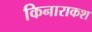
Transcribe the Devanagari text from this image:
किनाराकश